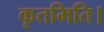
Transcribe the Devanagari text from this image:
कृतमिति।